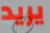
يريد